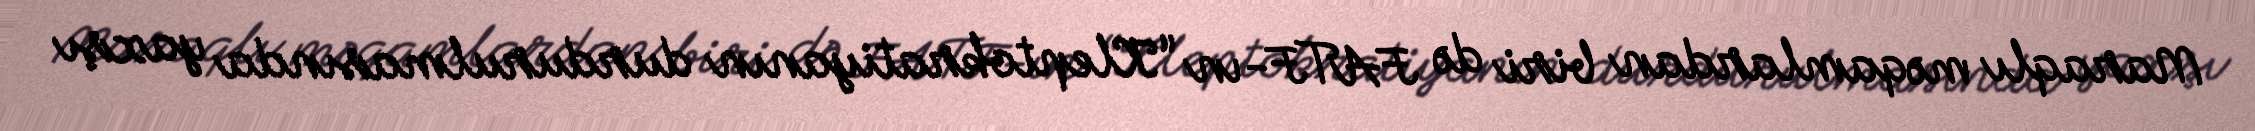
Maraqlı məqamlardan biri də FATF-ın “Kleptokratiyanın durdurulmasında yaxşı